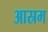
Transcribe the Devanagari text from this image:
आस्रम